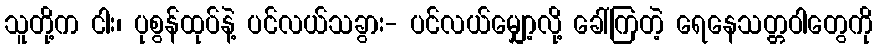
သူတို့က ငါး၊ ပုစွန်ထုပ်နဲ့ ပင်လယ်သခွား- ပင်လယ်မျှော့လို့ ခေါ်ကြတဲ့ ရေနေသတ္တဝါတွေကို